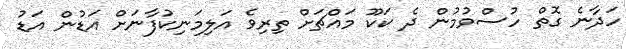
ހަދާނެ ގޮތް ހުސްވުމުން ދެ ކަކޫ މައްޗަށް ތިރިވެ އަލިމަނިކުފާނަށް އަޑުން އަޑު